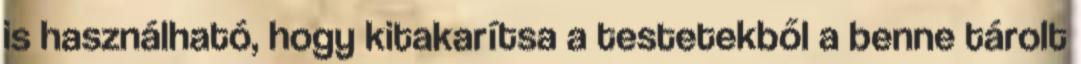
is használható, hogy kitakarítsa a testetekből a benne tárolt